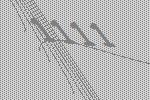
1111